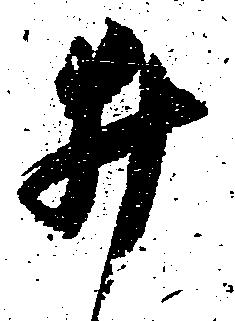
井